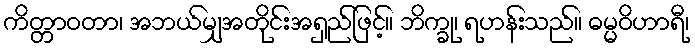
ကိတ္တာဝတာ၊ အဘယ်မျှအတိုင်းအရှည်ဖြင့်။ ဘိက္ခု၊ ရဟန်းသည်။ ဓမ္မဝိဟာရီ၊